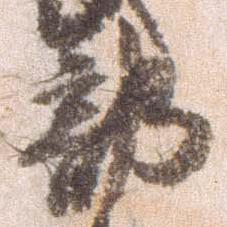
部